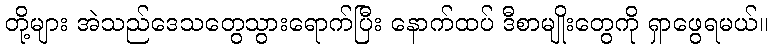
တို့များ အဲသည်ဒေသတွေသွားရောက်ပြီး နောက်ထပ် ဒီစာမျိုးတွေကို ရှာဖွေရမယ်။